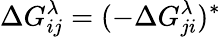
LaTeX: \Delta G_{ij}^{\lambda}=(-\Delta G_{ji}^{\lambda})^{*}